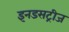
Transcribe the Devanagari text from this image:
इनडसट्रीज